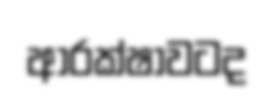
ආරක්ෂාවටද